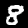
Digit: 8